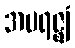
အပရဇ္ဈံ